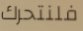
فلنتحرك